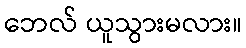
ဘေလ် ယူသွားမလား။